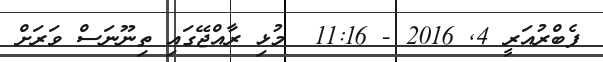
ފެބްރުއަރީ 4